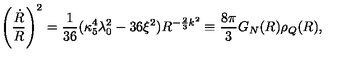
\left( { \frac { \dot { R } } { R } } \right) ^ { 2 } = { \frac { 1 } { 3 6 } } ( \kappa _ { 5 } ^ { 4 } \lambda _ { 0 } ^ { 2 } - 3 6 \xi ^ { 2 } ) R ^ { - { \frac { 2 } { 3 } } k ^ { 2 } } \equiv { \frac { 8 \pi } { 3 } } G _ { N } ( R ) \rho _ { Q } ( R ) ,